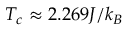
T _ { c } \approx 2 . 2 6 9 J / k _ { B }